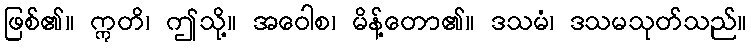
ဖြစ်၏။ ဣတိ၊ ဤသို့။ အဝေါစ၊ မိန့်တော၏။ ဒသမံ၊ ဒသမသုတ်သည်။